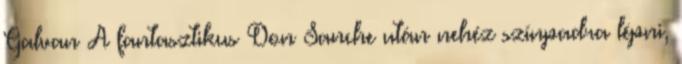
Galvan A fantasztikus Don Sanche után nehéz színpadra lépni,